Civil Veterinary Dept. Bombay admin report 1923-31 - 1923-1931
Year: 1923
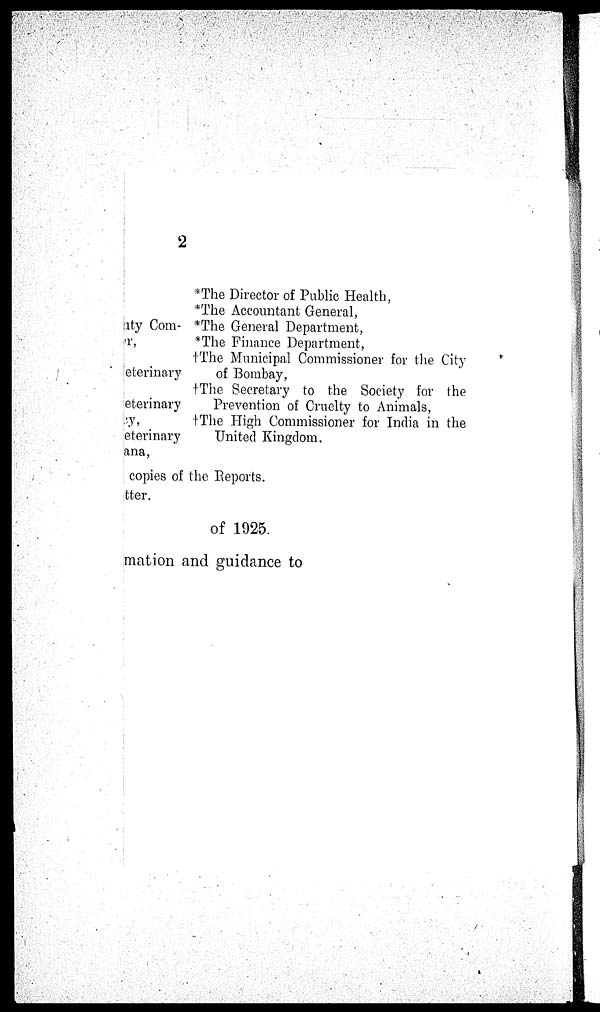
2
*The Director of Public Health,
*The accountant General,
ity Com- *The General Department,
r,
*The Finance Department,
†The Municipal Commissioner for the City
eterinary
of Bombay,
†The Secretary to the Society for the
eterinary
Prevention of Cruelty to Animals,
y,
†The High Commissioner for India in the
Veterinary
United Kingdom.
ana,
copies of the Reports.
tter.
of 1925.
mation and guidance to